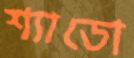
শ্যাডো